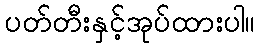
ပတ်တီးနှင့်အုပ်ထားပါ။